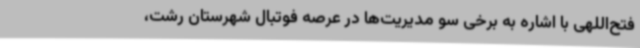
فتح‌اللهی با اشاره به برخی سو مدیریت‌ها در عرصه فوتبال شهرستان رشت،